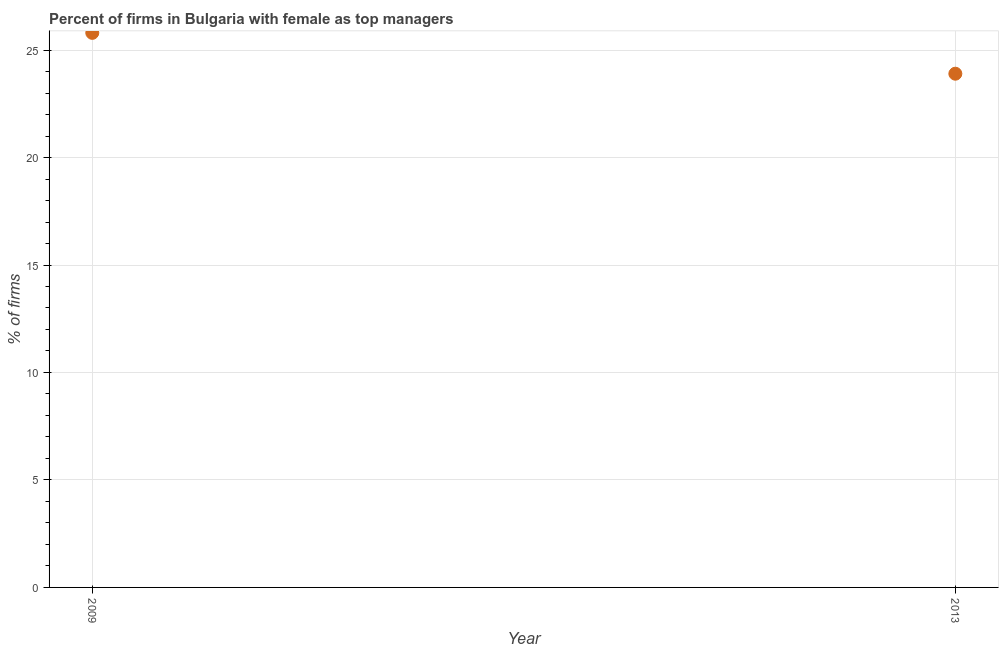
| Year | Firms with female top manager |
 | --- | --- |
 | 2009 | 25.8 |
 | 2013 | 23.9 |